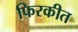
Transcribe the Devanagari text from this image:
फिरकीत